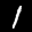
Label: 1